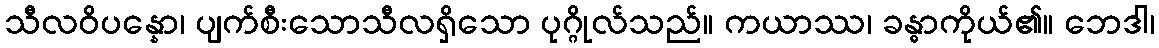
သီလဝိပန္နော၊ ပျက်စီးသောသီလရှိသော ပုဂ္ဂိုလ်သည်။ ကယာဿ၊ ခန္ဓာကိုယ်၏။ ဘေဒါ၊